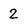
Character: 2